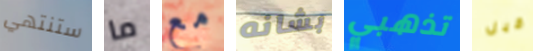
ستنتهي ما مع بشانه تذهبي قبل